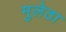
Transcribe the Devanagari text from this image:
मुलेठा